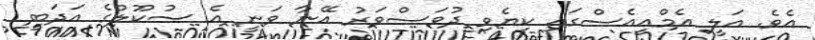
އެވެ. އަލީ އެމްއީއެސްގައި ކިޔެވި ދުވަސްވަރު އޭނާ ވަނީ އެ ސުކޫލުގެ އަދަބީ